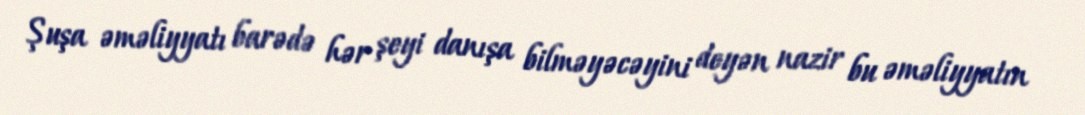
Şuşa əməliyyatı barədə hər şeyi danışa bilməyəcəyini deyən nazir bu əməliyyatın